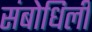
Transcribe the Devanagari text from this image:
संबोधिली